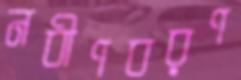
নবীণবরণ